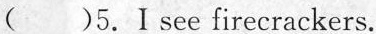
( )5.Ⅰsee firecrackers.